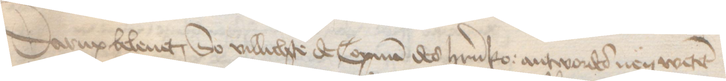
Darup beleuet, So villichte de Copman des herrn ko: antwordes nen wetet